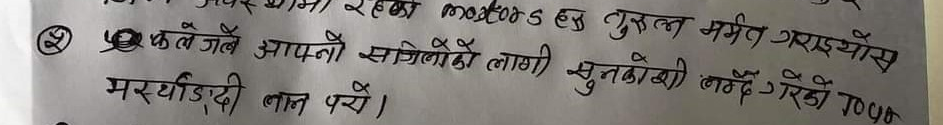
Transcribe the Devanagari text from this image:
२. फलेजले आफ्नो संगीनीको लागी सुनकोबी बढ्दै गरेको १०५० मस्यौदी लान परो।